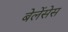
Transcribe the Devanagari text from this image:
बेलेंसेस